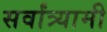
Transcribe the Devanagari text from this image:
सर्वांत्र्यामी